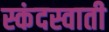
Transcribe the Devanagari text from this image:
स्कंदस्वाती